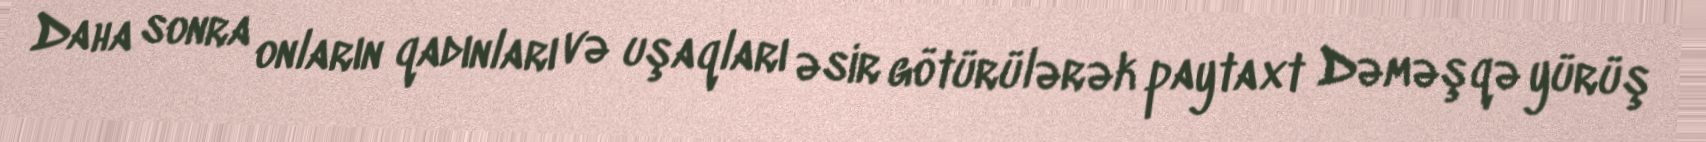
Daha sonra onların qadınları və uşaqları əsir götürülərək paytaxt Dəməşqə yürüş